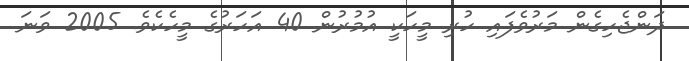
ދަންޖެހިގެން މަރުވެފައި ހުރި މީހަކީ އުމުރުން 40 އަހަރުގެ މީހެކެވެ. 2005 ވަނަ